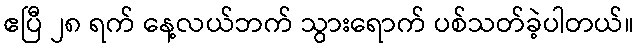
ဧပြီ ၂၈ ရက် နေ့လယ်ဘက် သွားရောက် ပစ်သတ်ခဲ့ပါတယ်။